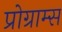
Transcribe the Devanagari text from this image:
प्रोग्राम्‍स